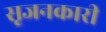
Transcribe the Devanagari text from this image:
सृजनकारी